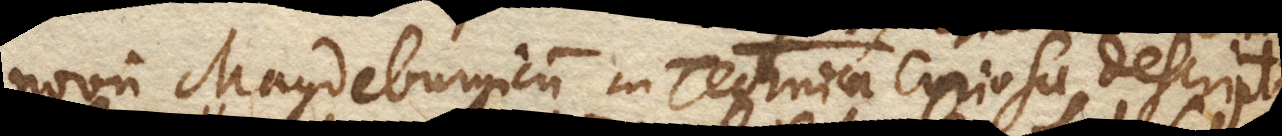
novum Magdeburgicum in Technica Curiosa descriptum